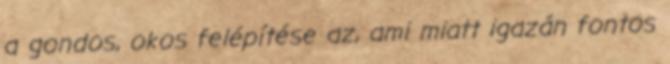
a gondos, okos felépítése az, ami miatt igazán fontos